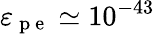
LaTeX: \varepsilon_{\mathrm{~p~e~}}\simeq 10^{-43}